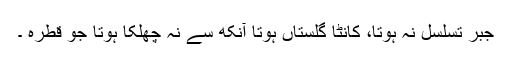
جبر تسلسل نہ ہوتا، کانٹا گلستاں ہوتا آنکھ سے نہ چھلکا ہوتا جو قطرہ ۔